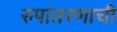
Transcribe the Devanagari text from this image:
रुपांतरणाची